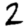
Digit: 2